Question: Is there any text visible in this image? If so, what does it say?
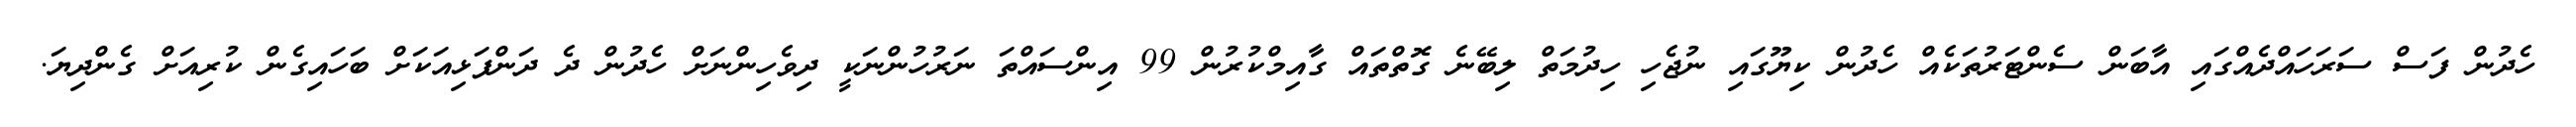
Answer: ހެދުން ފަސް ސަރަހައްދެއްގައި އާބަން ސެންޓަރުތަކެއް ހެދުން ކިޔޫގައި ނުޖެހި ހިދުމަތް ލިބޭނެ ގޮތްތައް ގާއިމްކުރުން 99 އިންސައްތަ ނަރުހުންނަކީ ދިވެހިންނަށް ހެދުން ދެ ދަންފަޅިއަކަށް ބަހައިގެން ކުރިއަށް ގެންދިޔަ.